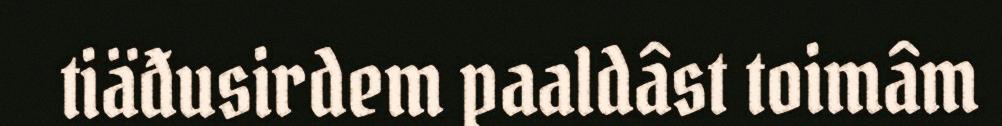
tiäđusirdem paaldâst toimâm